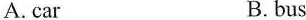
A.car B. bus ()